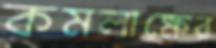
কমলাক্ষের